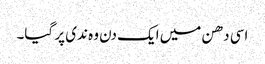
اسی دھن میں ایک دن وہ ندی پر گیا۔